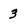
Character: 3